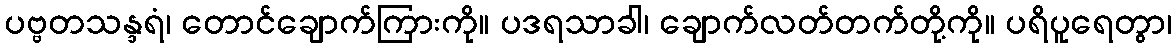
ပဗ္ဗတသန္ဒရံ၊ တောင်ချောက်ကြားကို။ ပဒရသာခါ၊ ချောက်လတ်တက်တို့ကို။ ပရိပူရေတွာ၊